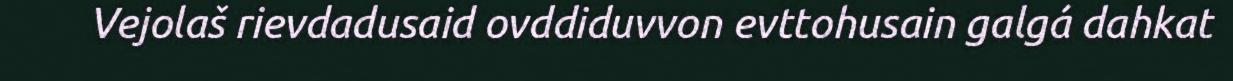
Vejolaš rievdadusaid ovddiduvvon evttohusain galgá dahkat